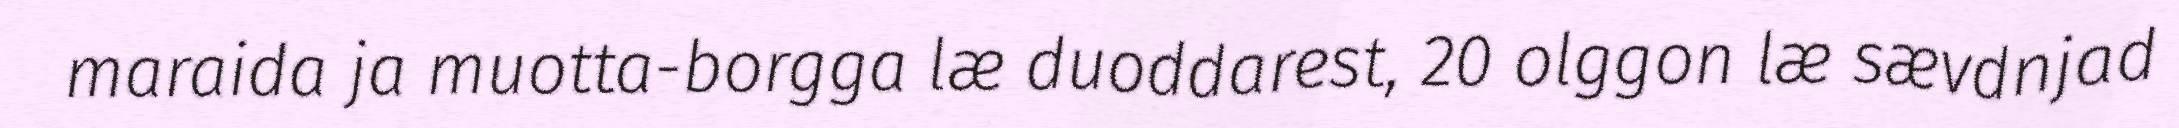
maraida ja muotta-borgga læ duoddarest, 20 olggon læ sævdnjad